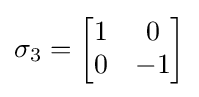
\sigma _{3}={\begin{bmatrix}1&0\\0&-1\end{bmatrix}}